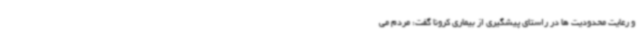
و رعایت محدودیت ها در راستای پیشگیری از بیماری کرونا گفت: مردم می